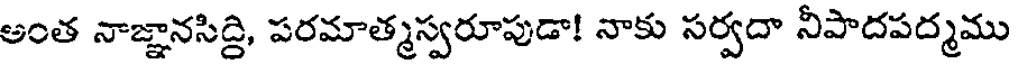
అంత నాజ్ఞానసిద్ది, పరమాత్మస్వరూపుడా! నాకు సర్వదా నీపాదపద్మము